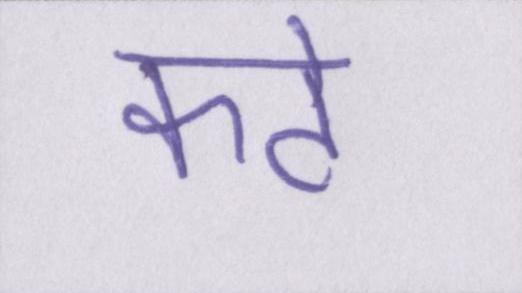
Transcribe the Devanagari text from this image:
कटे